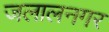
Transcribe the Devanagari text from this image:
जलालनगर